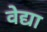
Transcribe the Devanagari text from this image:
वेद्या